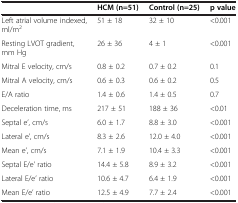
<table><thead><tr><td><b> </b></td><td><b>HCM (n=51)</b></td><td><b>Control (n=25)</b></td><td><b>p value</b></td></tr></thead><tbody><tr><td>Left atrial volume indexed, ml/m<sup>2</sup></td><td>51 ± 18</td><td>32 ± 10</td><td>&lt;0.001</td></tr><tr><td>Resting LVOT gradient, mm Hg</td><td>26 ± 36</td><td>4 ± 1</td><td>&lt;0.001</td></tr><tr><td>Mitral E velocity, cm/s</td><td>0.8 ± 0.2</td><td>0.7 ± 0.2</td><td>0.1</td></tr><tr><td>Mitral A velocity, cm/s</td><td>0.6 ± 0.3</td><td>0.6 ± 0.2</td><td>0.5</td></tr><tr><td>E/A ratio</td><td>1.4 ± 0.6</td><td>1.4 ± 0.5</td><td>0.7</td></tr><tr><td>Deceleration time, ms</td><td>217 ± 51</td><td>188 ± 36</td><td>&lt;0.01</td></tr><tr><td>Septal e’, cm/s</td><td>6.0 ± 1.7</td><td>8.8 ± 3.0</td><td>&lt;0.001</td></tr><tr><td>Lateral e’, cm/s</td><td>8.3 ± 2.6</td><td>12.0 ± 4.0</td><td>&lt;0.001</td></tr><tr><td>Mean e’, cm/s</td><td>7.1 ± 1.9</td><td>10.4 ± 3.3</td><td>&lt;0.001</td></tr><tr><td>Septal E/e’ ratio</td><td>14.4 ± 5.8</td><td>8.9 ± 3.2</td><td>&lt;0.001</td></tr><tr><td>Lateral E/e’ ratio</td><td>10.6 ± 4.7</td><td>6.4 ± 1.9</td><td>&lt;0.001</td></tr><tr><td>Mean E/e’ ratio</td><td>12.5 ± 4.9</td><td>7.7 ± 2.4</td><td>&lt;0.001</td></tr></tbody></table>